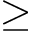
\geq